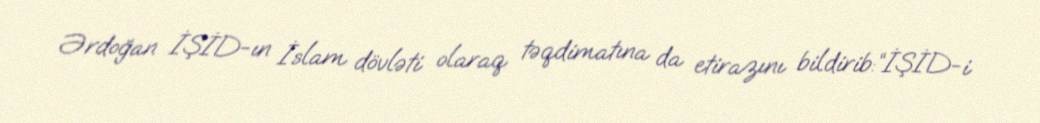
Ərdoğan İŞİD-ın İslam dövləti olaraq təqdimatına da etirazını bildirib:“İŞİD-i